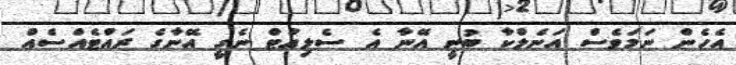
އެހެން ނަމަވެސް އަނެލްކާ ބުނީ އޭނާ އެ ސެލިއުޓް ނެގީ އޭނާގެ ރައްޓެއްސެއް